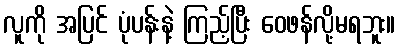
လူကို အပြင် ပုံပန်းနဲ့ ကြည့်ပြီး ဝေဖန်လို့မရဘူး။